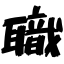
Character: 職